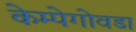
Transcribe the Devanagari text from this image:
केम्पेगोवडा